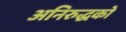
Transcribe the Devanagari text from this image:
अनिरुद्धको